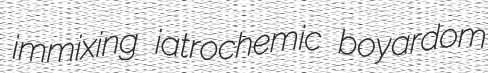
immixing iatrochemic boyardom